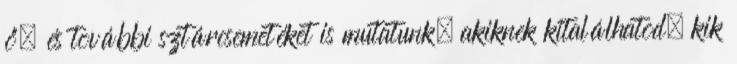
ő, és további sztárcsemetéket is mutatunk, akiknek kitalálhatod, kik